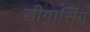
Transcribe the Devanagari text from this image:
डीगासिंग